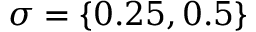
\sigma = \{ 0 . 2 5 , 0 . 5 \}